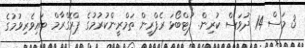
3 މަސް 14 ދުވަސް ކުރިން. ފުޓްބޯޅަ ރެފްރީން ތަމްރީންކުރުމުގެ ޕްރޮގްރާމް ބައިވެރިވުމުގެ